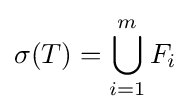
\sigma (T)=\bigcup _{i=1}^{m}F_{i}